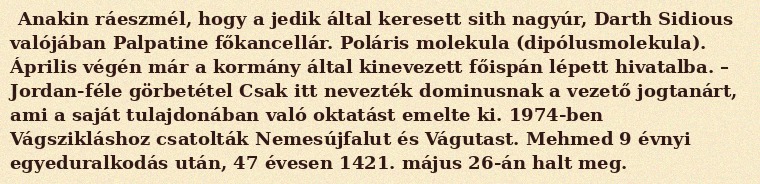
Anakin ráeszmél, hogy a jedik által keresett sith nagyúr, Darth Sidious valójában Palpatine főkancellár. Poláris molekula (dipólusmolekula). Április végén már a kormány által kinevezett főispán lépett hivatalba. – Jordan-féle görbetétel Csak itt nevezték dominusnak a vezető jogtanárt, ami a saját tulajdonában való oktatást emelte ki. 1974-ben Vágszikláshoz csatolták Nemesújfalut és Vágutast. Mehmed 9 évnyi egyeduralkodás után, 47 évesen 1421. május 26-án halt meg.